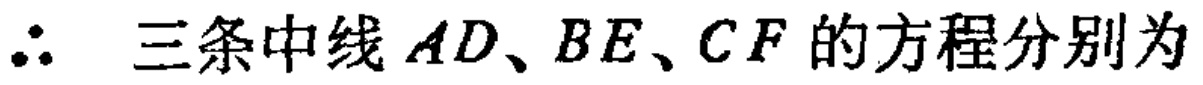
$\therefore$ 三条中线$AD、BE、CF$的方程分别为